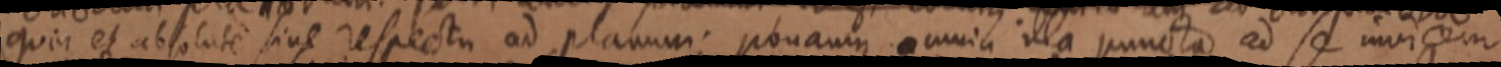
quia et absolute sive respectu ad planum; ponamus omnia illa puncta ad se invicem